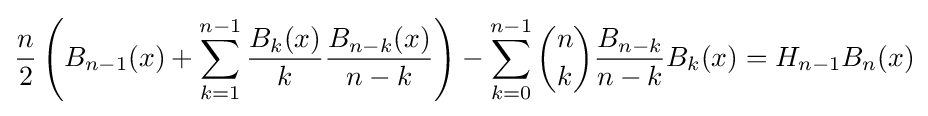
{\frac {n}{2}}\left(B_{n-1}(x)+\sum _{k=1}^{n-1}{\frac {B_{k}(x)}{k}}{\frac {B_{n-k}(x)}{n-k}}\right)-\sum _{k=0}^{n-1}{\binom {n}{k}}{\frac {B_{n-k}}{n-k}}B_{k}(x)=H_{n-1}B_{n}(x)